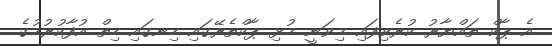
އެ ޕާކް ތައްޔާރު ކުރެވިފައި މިވަނީ މުޅި ޕާކްތެރޭގައި ހިނގައި ހިތް އުފާކުރުމުގެ